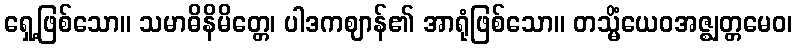
ရှေ့ဖြစ်သော။ သမာဓိနိမိတ္တေ၊ ပါဒကဈာန်၏ အာရုံဖြစ်သော။ တသ္မိံယေဝအဇ္ဈတ္တမေဝ၊